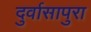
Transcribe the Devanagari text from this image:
दुर्वासापुरा